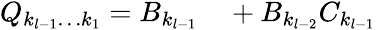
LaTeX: \begin{array}{rl}{Q_{k_{l-1}\ldots k_{1}}=B_{k_{l-1}}}&{{}+B_{k_{l-2}}C_{k_{l-1}}}\end{array}